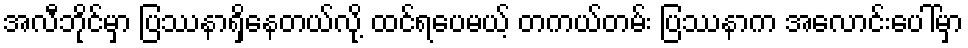
အလီဘိုင်မှာ ပြဿနာရှိနေတယ်လို့ ထင်ရပေမယ့် တကယ်တမ်း ပြဿနာက အလောင်းပေါ်မှာ